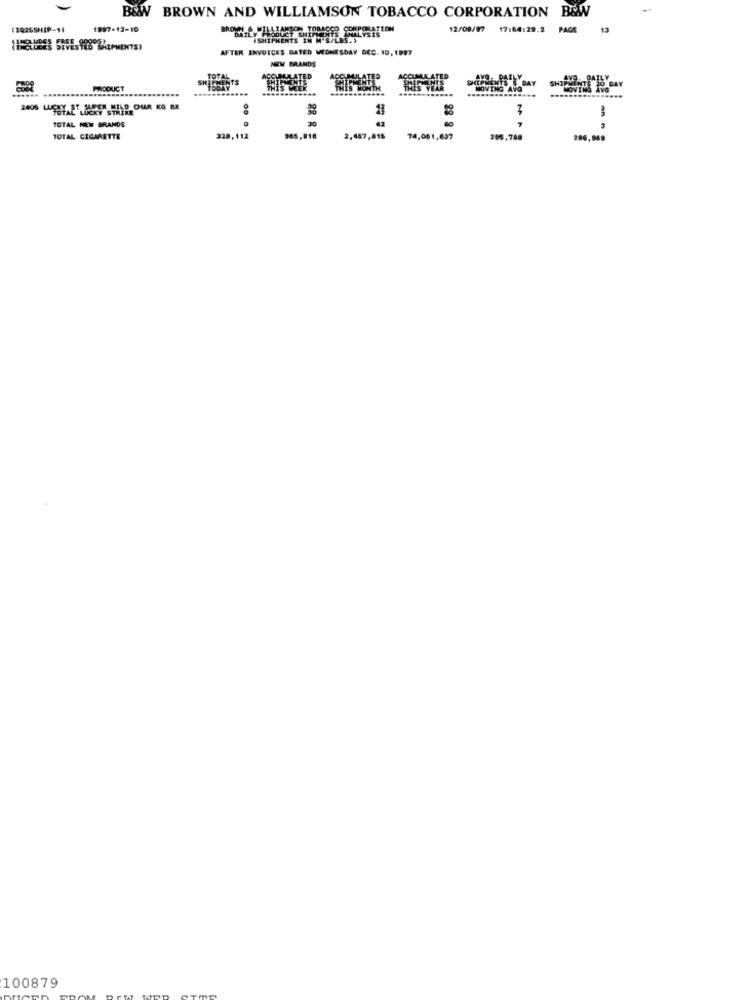
B&W BROWN AND WILLIAMSON TOBACCO CORPORATION B&W
13Q26SHIP-11
1997-12-10
BROWN-A MILLI MESON TORACE
ISHIPMENTS IN WATERHALYSTE
12/09/977
17:64:29.2
PAGE
12
AFTER INVOICES GATED WEDNESDAY DEC. 10, 1997
NEW BRANDS
HILLENTS
PRODUCT
............
MOVING AVG
UPMEN & DAY
HOVI
30
GO
TOTAL NEW BRANDS
TOTAL CIGARETTE
328,112
2,457,815
74,001,637
206.780
100879